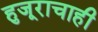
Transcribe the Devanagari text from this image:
हुजूराचाही